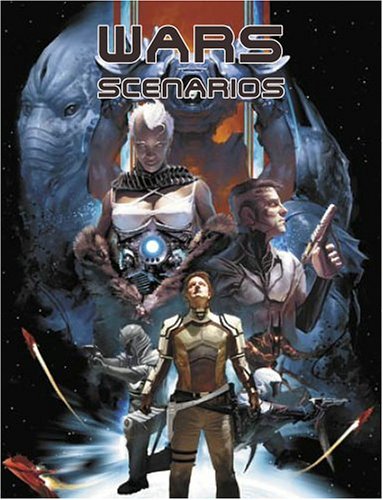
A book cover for WARS Incursion (Wars RPG); Greg Lynch; Science Fiction & Fantasy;